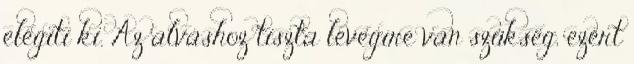
elégíti ki. Az alváshoz tiszta levegıre van szükség, ezért